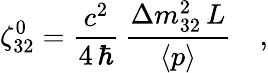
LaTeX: \zeta_{32}^{0}=\frac{c^{2}}{4\, \hbar}\, \frac{\Delta m_{32}^{2}\, L}{\langle p\rangle}\quad,